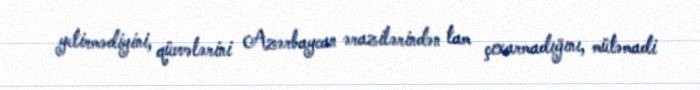
yetirmədiyini, qüvvələrini Azərbaycan ərazilərindən tam çıxarmadığını, mütəmadi